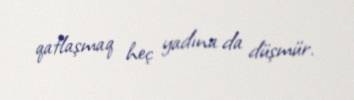
qatlaşmaq heç yadına da düşmür.